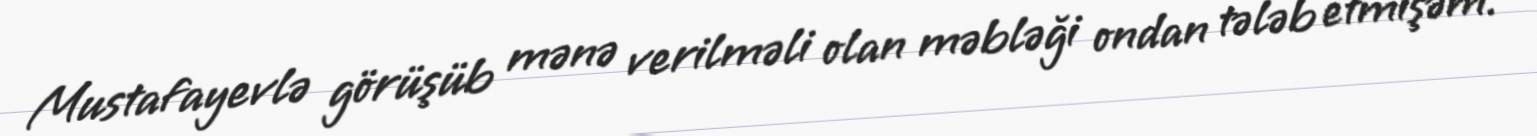
Mustafayevlə görüşüb mənə verilməli olan məbləği ondan tələb etmişəm.